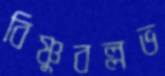
বিষ্ণুবল্লভ